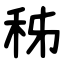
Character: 秭